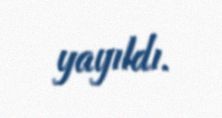
yayıldı.